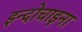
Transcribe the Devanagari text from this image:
इन्दोचाइना